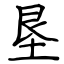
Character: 垦